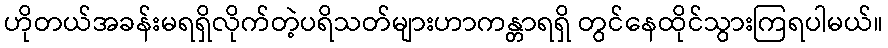
ဟိုတယ်အခန်းမရရှိလိုက်တဲ့ပရိသတ်များဟာကန္တာရရှိ တွင်နေထိုင်သွားကြရပါမယ်။